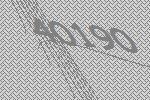
40190